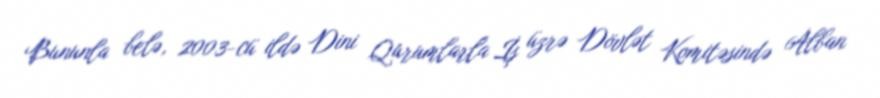
Bununla belə, 2003-cü ildə Dini Qurumlarla İş üzrə Dövlət Komitəsində Alban